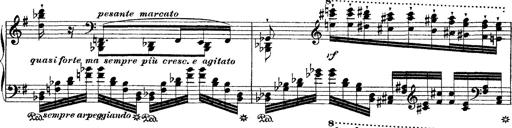
Title: Ã‰tudes d'exÃ©cution transcendante d'aprÃ¨s Paganini
Composer: Franz Liszt